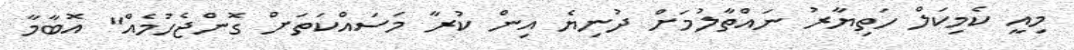
މިއީ ކެމިކަލް ހަތިޔާރު ނައްތާލުމަށް ދުނިޔެ އިން ކުރާ މަސައްކަތަށް ގޮންޖެހުމެއް" އޮބާމާ